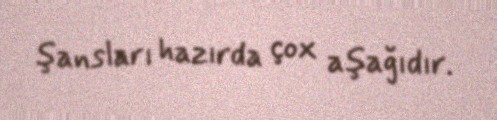
şansları hazırda çox aşağıdır.